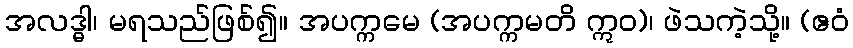
အလဒ္ဓါ၊ မရသည်ဖြစ်၍။ အပက္ကမေ (အပက္ကမတိ ဣဝ)၊ ဖဲသကဲ့သို့။ (ဧဝံ